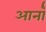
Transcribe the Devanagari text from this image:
आर्नॉ